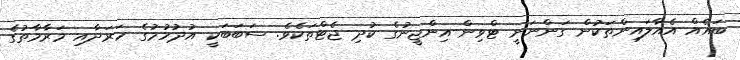
ބައެއް އެއާލައިންތަކުން ގަންނަނީ ޓްވިން-އިންޖީނުގެ ކުދި ޖެޓްތަކެވެ. ސަބަބަކީ އުދުހުމުގެ ހަރަދާއި މަރާމާތުގެ